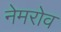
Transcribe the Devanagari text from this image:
नेमरोव